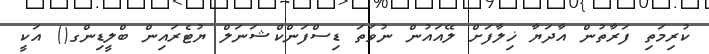
ކުރިމަތި ފަރާތުން އާދަޔާ ޚިލާފަށް ލޭއައުން ނުވަތަ ޑިސްފަންކްޝަނަލް ޔުޓެރައިން ބްލީޑިންގ() އަކީ